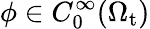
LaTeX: \phi\in C_{0}^{\infty}(\Omega_{\mathrm{t}})